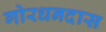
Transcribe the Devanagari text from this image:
गोरधनदास